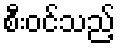
စီးဝင်သည့်